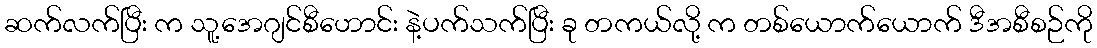
ဆက်လက်ပြီး က သူ့အေဂျင်စီဟောင်း နဲ့ပက်သက်ပြီး ခု တကယ်လို့ က တစ်ယောက်ယောက် ဒီအစီစဉ်ကို